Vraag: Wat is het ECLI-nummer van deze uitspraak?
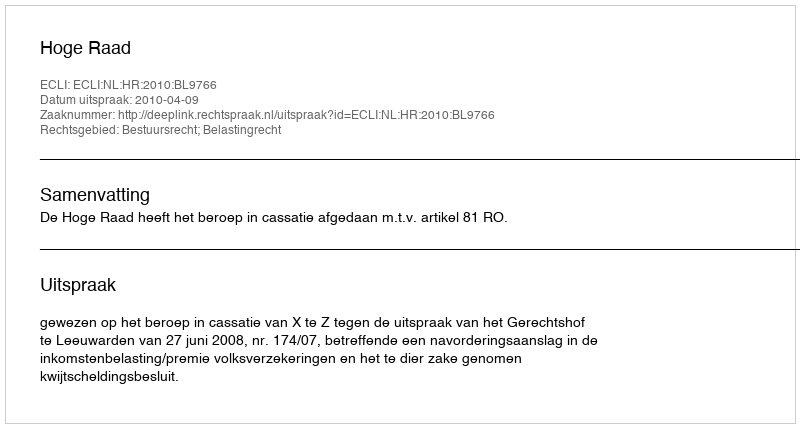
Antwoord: ECLI:NL:HR:2010:BL9766